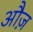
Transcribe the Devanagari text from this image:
औज़